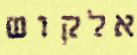
אלקוש